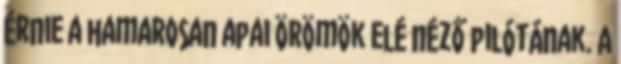
érnie a hamarosan apai örömök elé néző pilótának. A